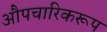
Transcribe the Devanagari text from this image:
औपचारिकरूप